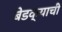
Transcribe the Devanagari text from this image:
बेडक्याची